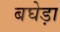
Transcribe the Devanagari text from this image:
बघेड़ा